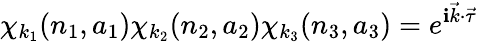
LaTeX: \chi_{k_{1}}(n_{1},a_{1})\chi_{k_{2}}(n_{2},a_{2})\chi_{k_{3}}(n_{3},a_{3})=e^{\mathbf{i}{\vec{{k}}}\cdot{\vec{{\tau}}}}